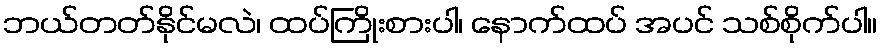
ဘယ်တတ်နိုင်မလဲ၊ ထပ်ကြိုးစားပါ၊ နောက်ထပ် အပင် သစ်စိုက်ပါ။